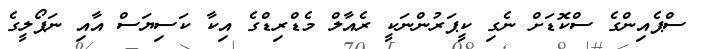
ސްޕެއިންގެ ސްކޮޑަށް ނެގި ކީޕަރުންނަކީ ރެއާލް މެޑްރިޑްގެ އިކާ ކަސިޔަސް އާއި ނަޕޯލީގެ